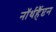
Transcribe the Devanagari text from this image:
नॉर्थहैंप्टन